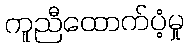
ကူညီထောက်ပံ့မှု